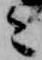
之